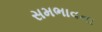
સમભાવના